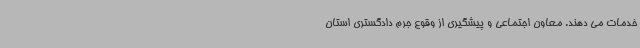
خدمات می دهند. معاون اجتماعی و پیشگیری از وقوع جرم دادگستری استان